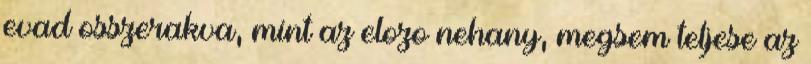
evad osszerakva, mint az elozo nehany, megsem teljese az